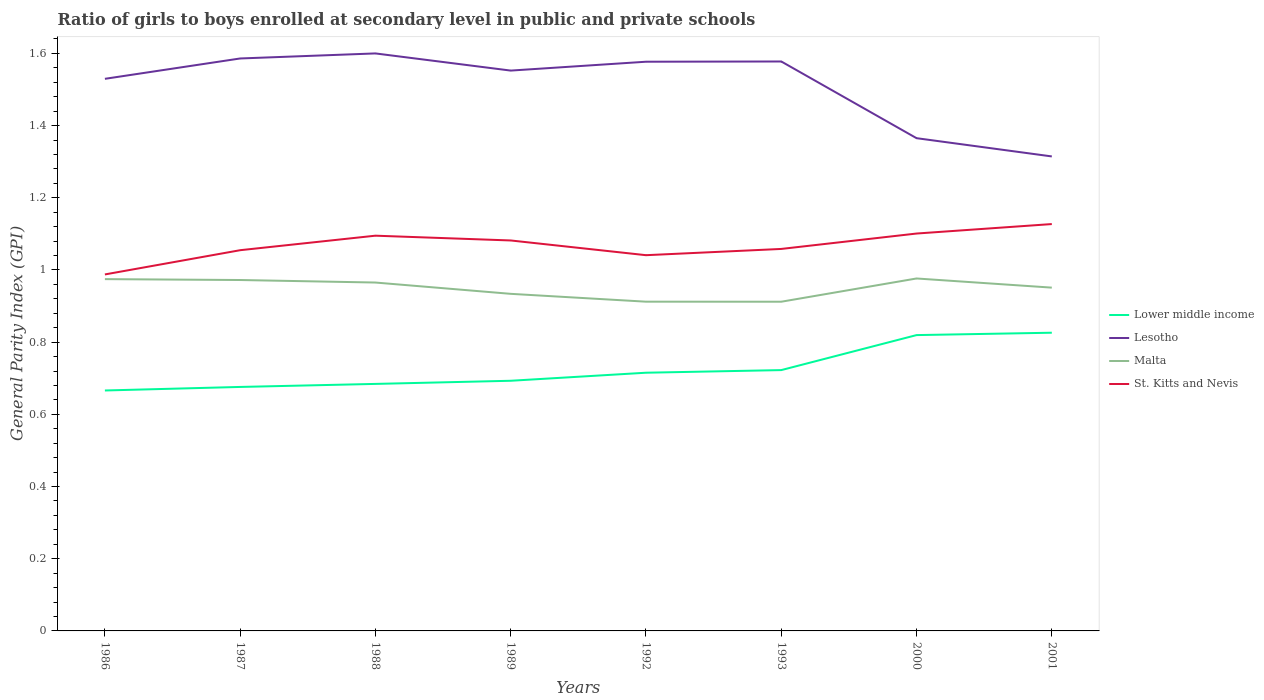
| Years | Lower middle income | Lesotho | Malta | St. Kitts and Nevis |
 | --- | --- | --- | --- | --- |
 | 1986 | 0.666 | 1.53 | 0.975 | 0.988 |
 | 1987 | 0.676 | 1.59 | 0.972 | 1.05 |
 | 1988 | 0.684 | 1.6 | 0.965 | 1.09 |
 | 1989 | 0.693 | 1.55 | 0.934 | 1.08 |
 | 1992 | 0.715 | 1.58 | 0.912 | 1.04 |
 | 1993 | 0.723 | 1.58 | 0.912 | 1.06 |
 | 2000 | 0.82 | 1.37 | 0.976 | 1.1 |
 | 2001 | 0.826 | 1.31 | 0.951 | 1.13 |